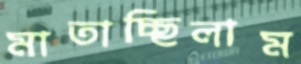
মাতাচ্ছিলাম